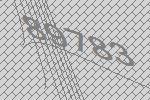
89783